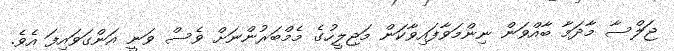
ޖަލްސާ މާދަމާ ބާއްވަން ނިންމަވާފައިވާކަން މަޖިލީހުގެ މެމްބަރުންނަށް ވެސް ވަނީ އަންގަވައިފަ އެވެ.